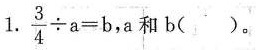
1. $$\frac { 3 } { 4 } \div a = b$$ ,a和b( )。